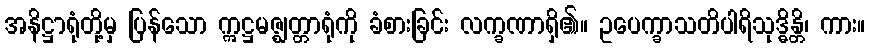
အနိဋ္ဌာရုံတို့မှ ပြန်သော ဣဋ္ဌမဇ္ဈတ္တာရုံကို ခံစားခြင်း လက္ခဏာရှိ၏။ ဥပေက္ခာသတိပါရိသုဒ္ဓိန္တိ၊ ကား။